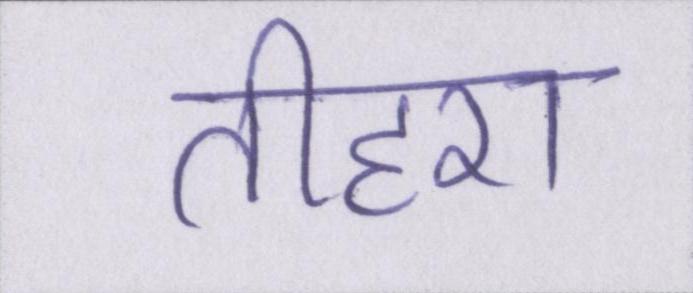
तीहरा